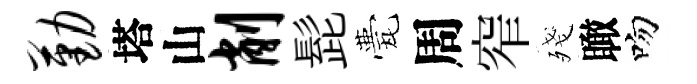
勤塔山削髭甍周窄殘瞰吻